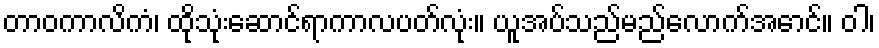
တာဝကာလိကံ၊ ထိုသုံးဆောင်ရာကာလပတ်လုံး။ ယူအပ်သည်မည်လောက်အောင်။ ဝါ၊